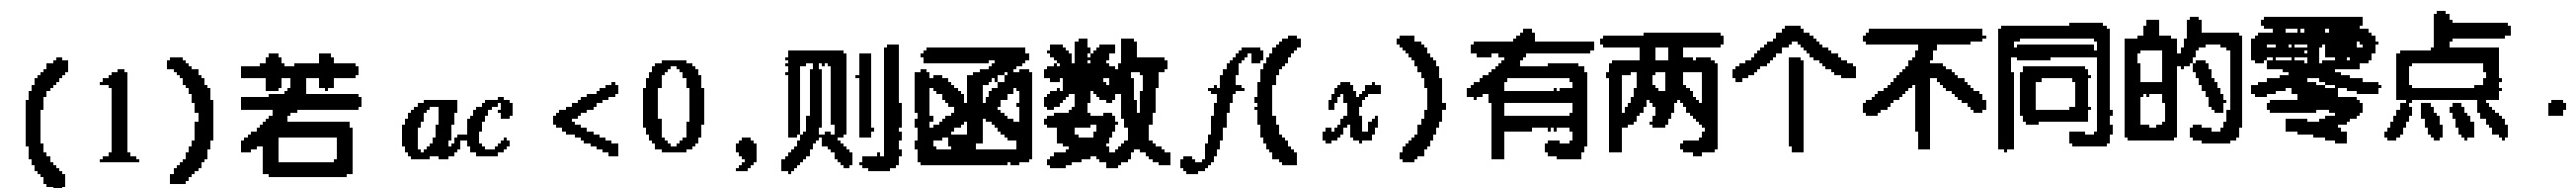
(1)若 \(ac<0\),则函数\(f(x)\)有两个不同的零点.